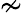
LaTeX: \nsim